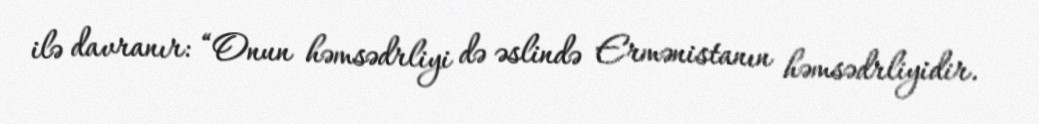
ilə davranır: “Onun həmsədrliyi də əslində Ermənistanın həmsədrliyidir.